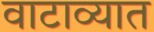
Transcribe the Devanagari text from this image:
वाटाव्यात